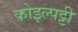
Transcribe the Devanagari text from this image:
कोइल्पट्टी